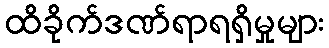
ထိခိုက်ဒဏ်ရာရရှိမှုများ